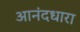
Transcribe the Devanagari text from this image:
आनंदधारा